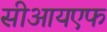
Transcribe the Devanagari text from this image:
सीआयएफ